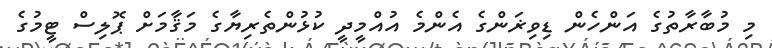
މި މުބާރާތުގެ އަންހެން ޑިވިޜަންގެ އެންމެ އުއްމީދީ ކުޅުންތެރިޔާގެ މަޤާމަށް ޕޮލިސް ޓީމުގެ